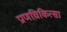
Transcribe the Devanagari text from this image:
प्राणचिकित्सा